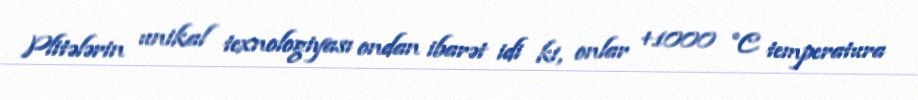
Plitələrin unikal texnologiyası ondan ibarət idi ki, onlar +1000 °C temperatura